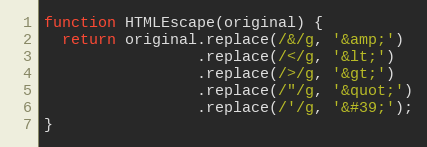
Language: JavaScript
function HTMLEscape(original) {
  return original.replace(/&/g, '&amp;')
                 .replace(/</g, '&lt;')
                 .replace(/>/g, '&gt;')
                 .replace(/"/g, '&quot;')
                 .replace(/'/g, '&#39;');
}